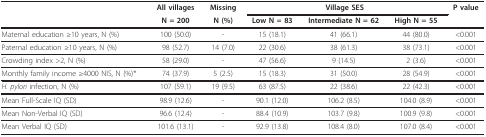
<table><thead><tr><td></td><td><b>All villages</b></td><td><b>Missing</b></td><td colspan="3"><b>Village SES</b></td><td><b>P value</b></td></tr><tr><td></td><td><b>N = 200</b></td><td><b>N (%)</b></td><td><b>Low N = 83</b></td><td><b>Intermediate N = 62</b></td><td><b>High N = 55</b></td><td></td></tr></thead><tbody><tr><td>Maternal education ≥10 years, N (%)</td><td>100 (50.0)</td><td>-</td><td>15 (18.1)</td><td>41 (66.1)</td><td>44 (80.0)</td><td>&lt;0.001</td></tr><tr><td>Paternal education ≥10 years, N (%)</td><td>98 (52.7)</td><td>14 (7.0)</td><td>22 (30.6)</td><td>38 (61.3)</td><td>38 (73.1)</td><td>&lt;0.001</td></tr><tr><td>Crowding index &gt;2, N (%)</td><td>58 (29.0)</td><td>-</td><td>47 (56.6)</td><td>9 (14.5)</td><td>2 (3.6)</td><td>&lt;0.001</td></tr><tr><td>Monthly family income ≥4000 NIS, N (%)*</td><td>74 (37.9)</td><td>5 (2.5)</td><td>15 (18.3)</td><td>31 (50.0)</td><td>28 (54.9)</td><td>&lt;0.001</td></tr><tr><td><i>H. pylori </i>infection, N (%)</td><td>107 (59.1)</td><td>19 (9.5)</td><td>63 (87.5)</td><td>22 (38.6)</td><td>22 (42.3)</td><td>&lt;0.001</td></tr><tr><td>Mean Full-Scale IQ (SD)</td><td>98.9 (12.6)</td><td>-</td><td>90.1 (12.0)</td><td>106.2 (8.5)</td><td>104.0 (8.9)</td><td>&lt;0.001</td></tr><tr><td>Mean Non-Verbal IQ (SD)</td><td>96.6 (12.4)</td><td>-</td><td>88.4 (10.9)</td><td>103.7 (9.8)</td><td>100.9 (9.8)</td><td>&lt;0.001</td></tr><tr><td>Mean Verbal IQ (SD)</td><td>101.6 (13.1)</td><td>-</td><td>92.9 (13.8)</td><td>108.4 (8.0)</td><td>107.0 (8.4)</td><td>&lt;0.001</td></tr></tbody></table>